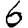
Digit: 6